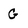
Character: G